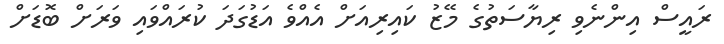
ރައީސް އިންނެވި ރިޔާސަތުގެ މޭޒު ކައިރިއަށް އެއްވެ އަޑުގަދަ ކުރައްވައި ވަރަށް ބޮޑަށް